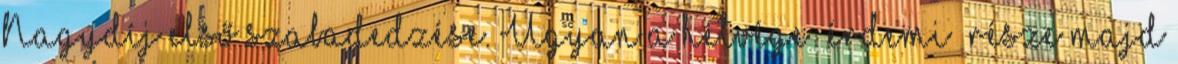
Nagydíj első szabadedzése. Ugyan a hétvége „érdemi” része majd